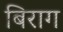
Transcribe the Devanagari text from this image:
बिराग